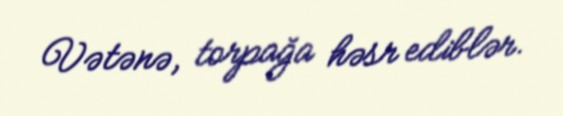
Vətənə, torpağa həsr ediblər.